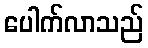
ပေါက်လာသည်